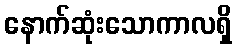
နောက်ဆုံးသောကာလရှိ